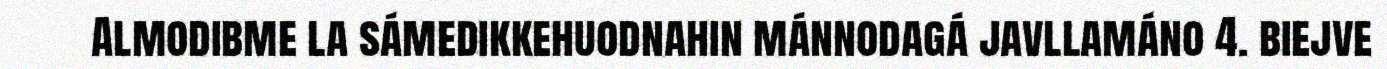
Almodibme la sámedikkehuodnahin mánnodagá javllamáno 4. biejve